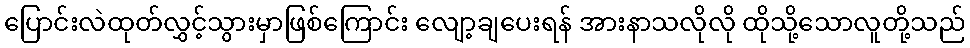
ပြောင်းလဲထုတ်လွှင့်သွားမှာဖြစ်ကြောင်း လျော့ချပေးရန် အားနာသလိုလို ထိုသို့သောလူတို့သည်